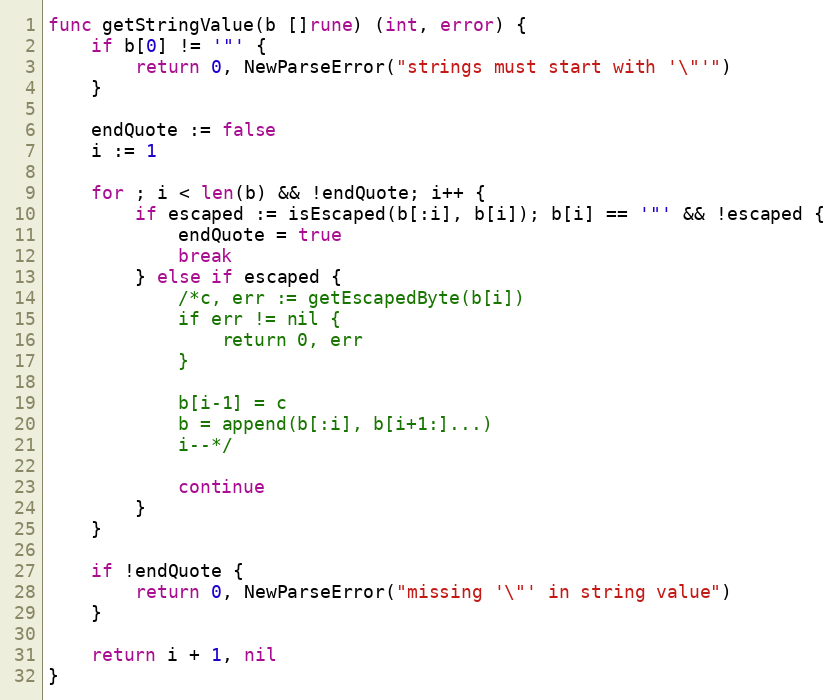
Language: Go
func getStringValue(b []rune) (int, error) {
	if b[0] != '"' {
		return 0, NewParseError("strings must start with '\"'")
	}

	endQuote := false
	i := 1

	for ; i < len(b) && !endQuote; i++ {
		if escaped := isEscaped(b[:i], b[i]); b[i] == '"' && !escaped {
			endQuote = true
			break
		} else if escaped {
			/*c, err := getEscapedByte(b[i])
			if err != nil {
				return 0, err
			}

			b[i-1] = c
			b = append(b[:i], b[i+1:]...)
			i--*/

			continue
		}
	}

	if !endQuote {
		return 0, NewParseError("missing '\"' in string value")
	}

	return i + 1, nil
}